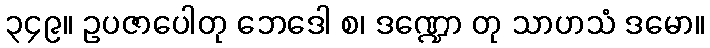
၃၄၉။ ဥပဇာပေါတု ဘေဒေါ စ၊ ဒဏ္ဍော တု သာဟသံ ဒမော။